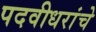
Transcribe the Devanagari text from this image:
पदवीधरांचे